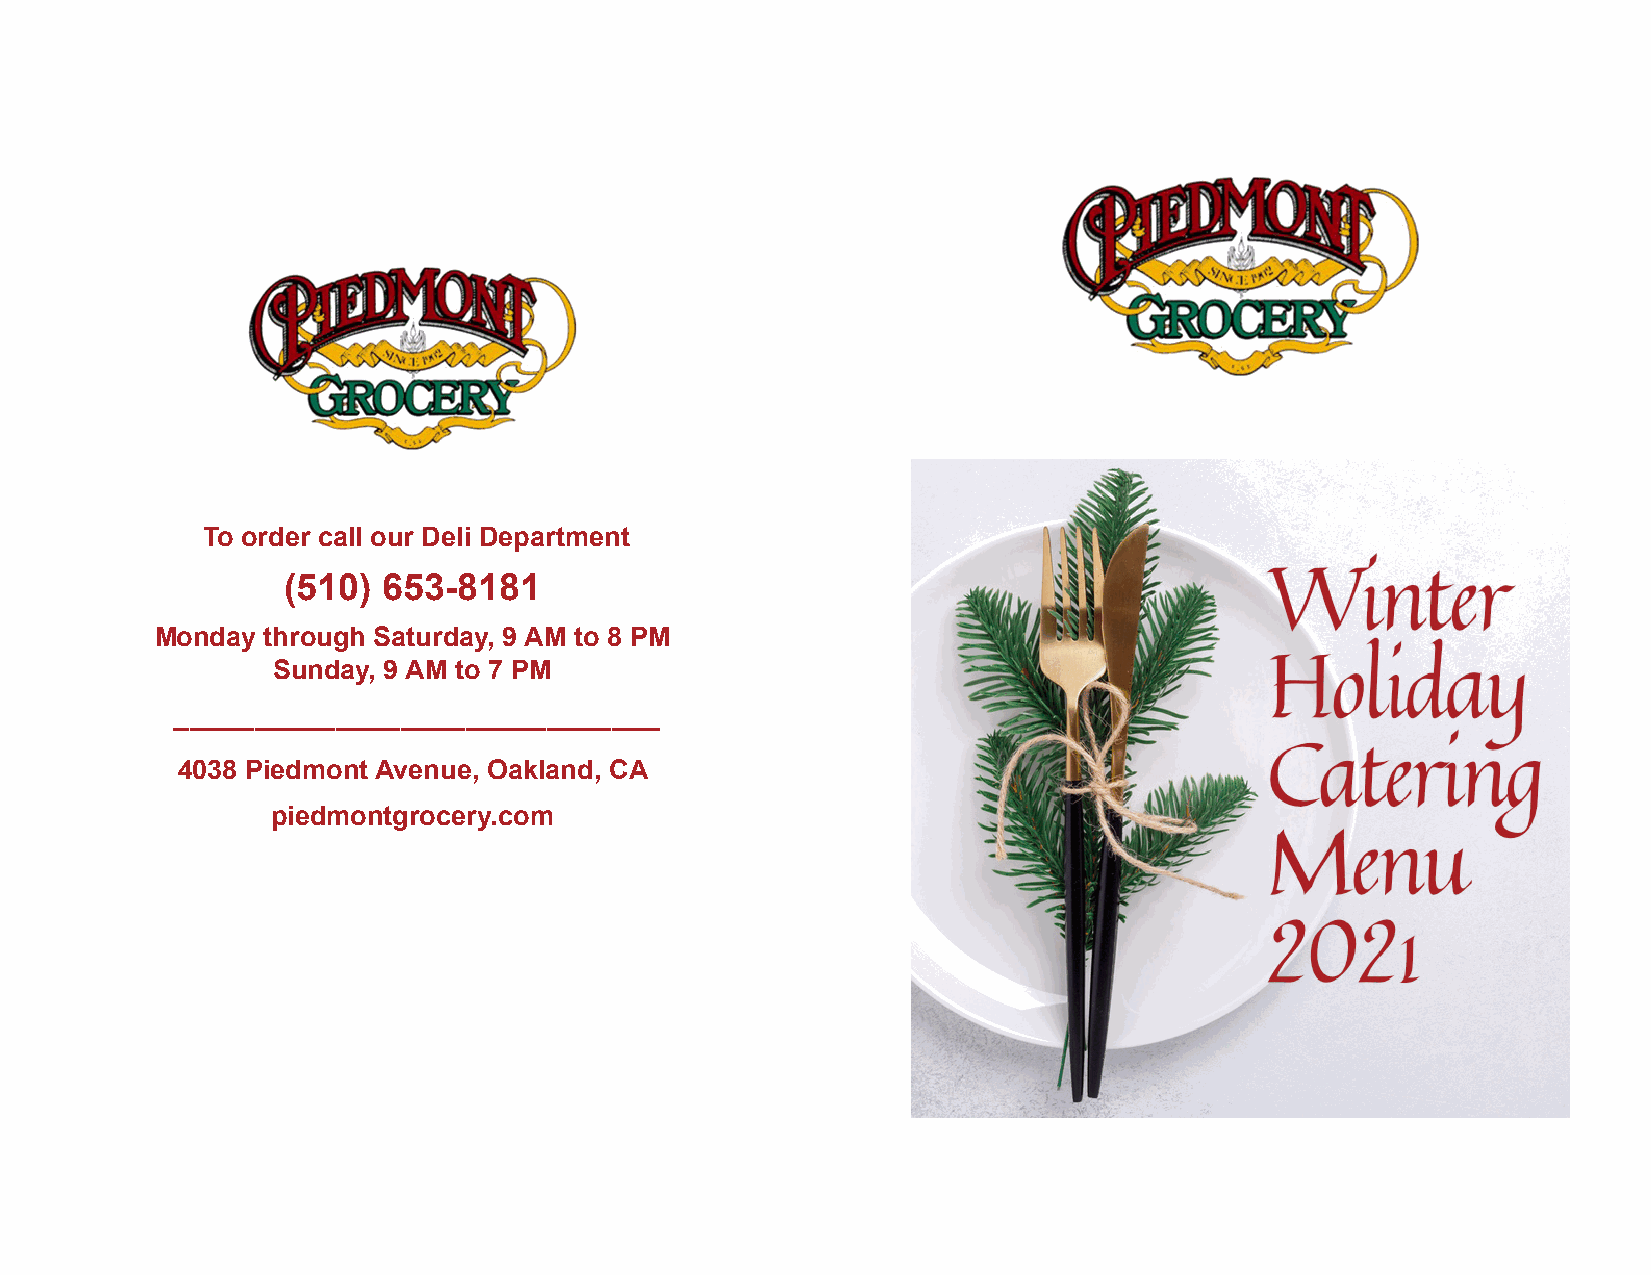
To order call our Deli Department
 (510) 653-8181
 Monday through Saturday, 9 AM to 8 PM
 Sunday, 9 AM to 7 PM
 ______________________________
 4038 Piedmont Avenue, Oakland, CA
 piedmontgrocery.com